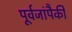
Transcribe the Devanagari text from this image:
पूर्वजांपैकी